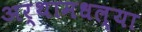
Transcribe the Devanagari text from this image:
अर्थामधल्या